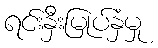
ရင်းနှီးမြုပ်နှံမှု